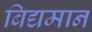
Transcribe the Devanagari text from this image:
बिद्यमान